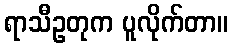
ရာသီဥတုက ပူလိုက်တာ။